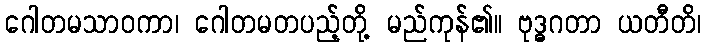
ဂေါတမသာဝကာ၊ ဂေါတမတပည့်တို့ မည်ကုန်၏။ ဗုဒ္ဓဂတာ ယတီတိ၊